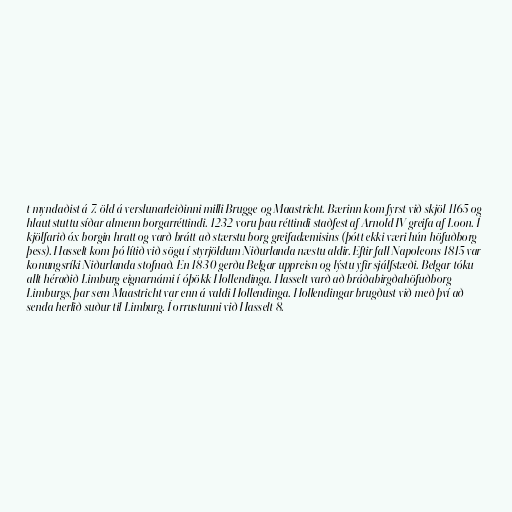
t myndaðist á 7. öld á verslunarleiðinni milli Brugge og Maastricht. Bærinn kom fyrst við skjöl 1165 og
hlaut stuttu síðar almenn borgarréttindi. 1232 voru þau réttindi staðfest af Arnold IV greifa af Loon. Í
kjölfarið óx borgin hratt og varð brátt að stærstu borg greifadæmisins (þótt ekki væri hún höfuðborg
þess). Hasselt kom þó lítið við sögu í styrjöldum Niðurlanda næstu aldir. Eftir fall Napoleons 1815 var
konungsríki Niðurlanda stofnað. En 1830 gerðu Belgar uppreisn og lýstu yfir sjálfstæði. Belgar tóku
allt héraðið Limburg eignarnámi í óþökk Hollendinga. Hasselt varð að bráðabirgðahöfuðborg
Limburgs, þar sem Maastricht var enn á valdi Hollendinga. Hollendingar brugðust við með því að
senda herlið suður til Limburg. Í orrustunni við Hasselt 8.